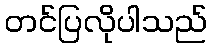
တင်ပြလိုပါသည်